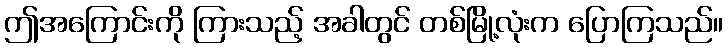
ဤအကြောင်းကို ကြားသည့် အခါတွင် တစ်မြို့လုံးက ပြောကြသည်။